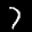
Label: 7